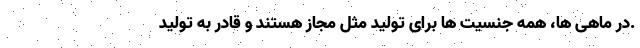
.در ماهی ها، همه جنسیت ها برای تولید مثل مجاز هستند و قادر به تولید